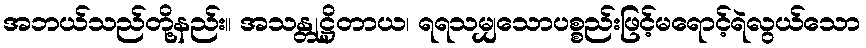
အဘယ်သည်တို့နည်း။ အသန္တုဋ္ဌိတာယ၊ ရရသမျှသောပစ္စည်းဖြင့်မရောင့်ရဲလွယ်သော